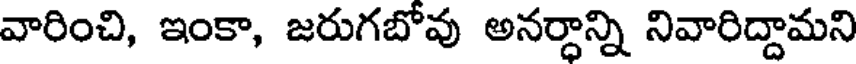
వారించి, ఇంకా, జరుగబోవు అనర్ధాన్ని నివారిద్దామని